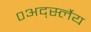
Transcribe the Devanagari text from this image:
०अर्द्स्लेय